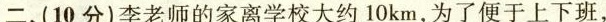
二、(10分)李老师的家离学校大约10km，为了便于上下班，